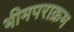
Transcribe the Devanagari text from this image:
भीमपराक्रम